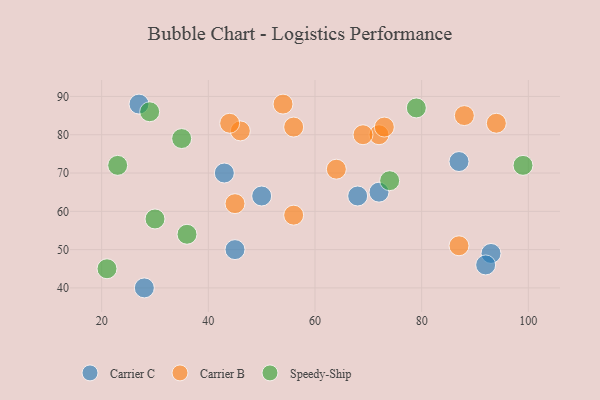
{"axis": {"x": "GDP", "y": "Life Expectancy"}, "legend": ["Carrier B", "Carrier C", "Speedy-Ship"], "data": [{"x": "50", "y": 64, "type": "Carrier C"}, {"x": "27", "y": 88, "type": "Carrier C"}, {"x": "28", "y": 40, "type": "Carrier C"}, {"x": "93", "y": 49, "type": "Carrier C"}, {"x": "43", "y": 70, "type": "Carrier C"}, {"x": "68", "y": 64, "type": "Carrier C"}, {"x": "45", "y": 50, "type": "Carrier C"}, {"x": "92", "y": 46, "type": "Carrier C"}, {"x": "87", "y": 73, "type": "Carrier C"}, {"x": "72", "y": 65, "type": "Carrier C"}, {"x": "46", "y": 81, "type": "Carrier B"}, {"x": "72", "y": 80, "type": "Carrier B"}, {"x": "94", "y": 83, "type": "Carrier B"}, {"x": "69", "y": 80, "type": "Carrier B"}, {"x": "87", "y": 51, "type": "Carrier B"}, {"x": "88", "y": 85, "type": "Carrier B"}, {"x": "54", "y": 88, "type": "Carrier B"}, {"x": "64", "y": 71, "type": "Carrier B"}, {"x": "45", "y": 62, "type": "Carrier B"}, {"x": "56", "y": 82, "type": "Carrier B"}, {"x": "73", "y": 82, "type": "Carrier B"}, {"x": "44", "y": 83, "type": "Carrier B"}, {"x": "56", "y": 59, "type": "Carrier B"}, {"x": "30", "y": 58, "type": "Speedy-Ship"}, {"x": "36", "y": 54, "type": "Speedy-Ship"}, {"x": "79", "y": 87, "type": "Speedy-Ship"}, {"x": "21", "y": 45, "type": "Speedy-Ship"}, {"x": "29", "y": 86, "type": "Speedy-Ship"}, {"x": "23", "y": 72, "type": "Speedy-Ship"}, {"x": "74", "y": 68, "type": "Speedy-Ship"}, {"x": "99", "y": 72, "type": "Speedy-Ship"}, {"x": "35", "y": 79, "type": "Speedy-Ship"}]}